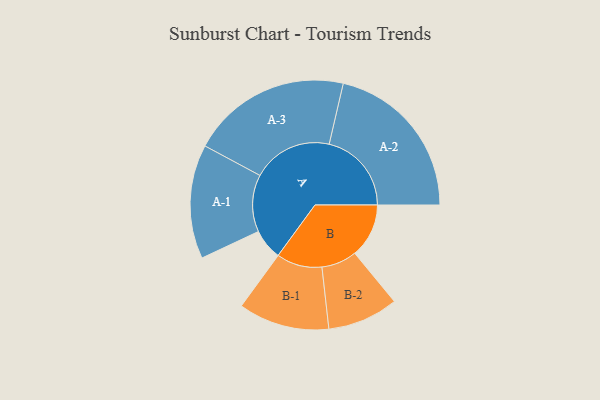
{"axis": {"x": "Segment", "y": "Value"}, "legend": ["", "A", "B"], "data": [{"x": "A", "y": 112, "type": ""}, {"x": "B", "y": 197, "type": ""}, {"x": "A-1", "y": 208, "type": "A"}, {"x": "A-2", "y": 300, "type": "A"}, {"x": "A-3", "y": 292, "type": "A"}, {"x": "B-1", "y": 166, "type": "B"}, {"x": "B-2", "y": 129, "type": "B"}]}